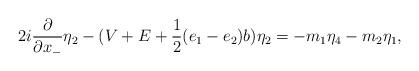
LaTeX: \begin{align*}2i \frac{\partial}{\partial x_{-}} {\eta}_2 -(V+E + \frac{1}{2}(e_1-e_2)b ) {\eta}_2= -m_1 {\eta}_4 - m_2 {\eta}_1,\end{align*}